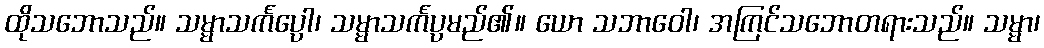
ထိုသဘောသည်။ သမ္မာသင်္ကပ္ပေါ၊ သမ္မာသင်္ကပ္ပမည်၏။ ယော သဘာဝေါ၊ အကြင်သဘောတရားသည်။ သမ္မာ၊